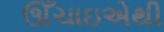
ઊઁચાઇએથી